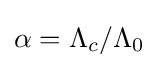
\alpha =\Lambda _{c}/\Lambda _{0}